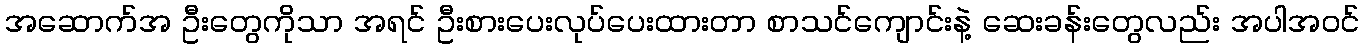
အဆောက်အ ဦးတွေကိုသာ အရင် ဦးစားပေးလုပ်ပေးထားတာ စာသင်ကျောင်းနဲ့ ဆေးခန်းတွေလည်း အပါအဝင်